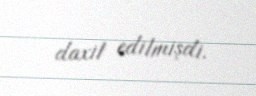
daxil edilmişdi.